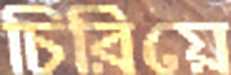
চিরিয়ে